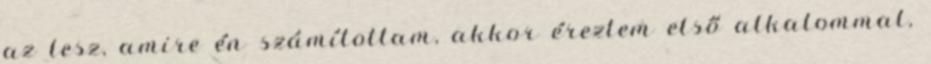
az lesz, amire én számítottam, akkor éreztem első alkalommal,